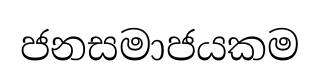
ජනසමාජයකම